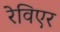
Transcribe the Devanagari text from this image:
रेविएर